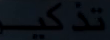
تذكير